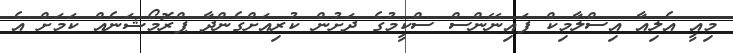
މިއީ އެލިއާ އިސްލާމިކް ފައިނޭންސް ސްކީމުގެ ދަށުން ކުރިއަށްގެންދާ ޕްރޮމޯޝަނެއް ކަމަށް އެ